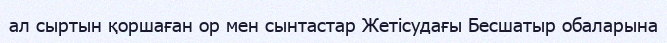
ал сыртын қоршаған ор мен сынтастар Жетісудағы Бесшатыр обаларына